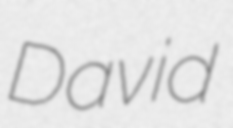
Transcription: David